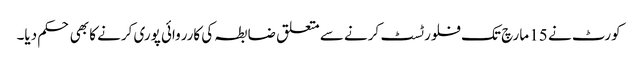
کورٹ نے 15 مارچ تک فلور ٹسٹ کرنے سے متعلق ضابطہ کی کارروائی پوری کرنے کا بھی حکم دیا۔